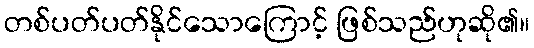
တစ်ပတ်ပတ်နိုင်သောကြောင့် ဖြစ်သည်ဟုဆို၏။